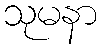
သုမနာ